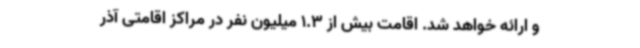
و ارائه خواهد شد. اقامت بیش از 1.3 میلیون نفر در مراکز اقامتی آذر